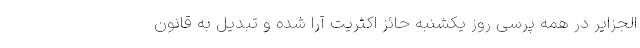
الجزایر در همه پرسی روز یکشنبه حائز اکثریت آرا شده و تبدیل به قانون